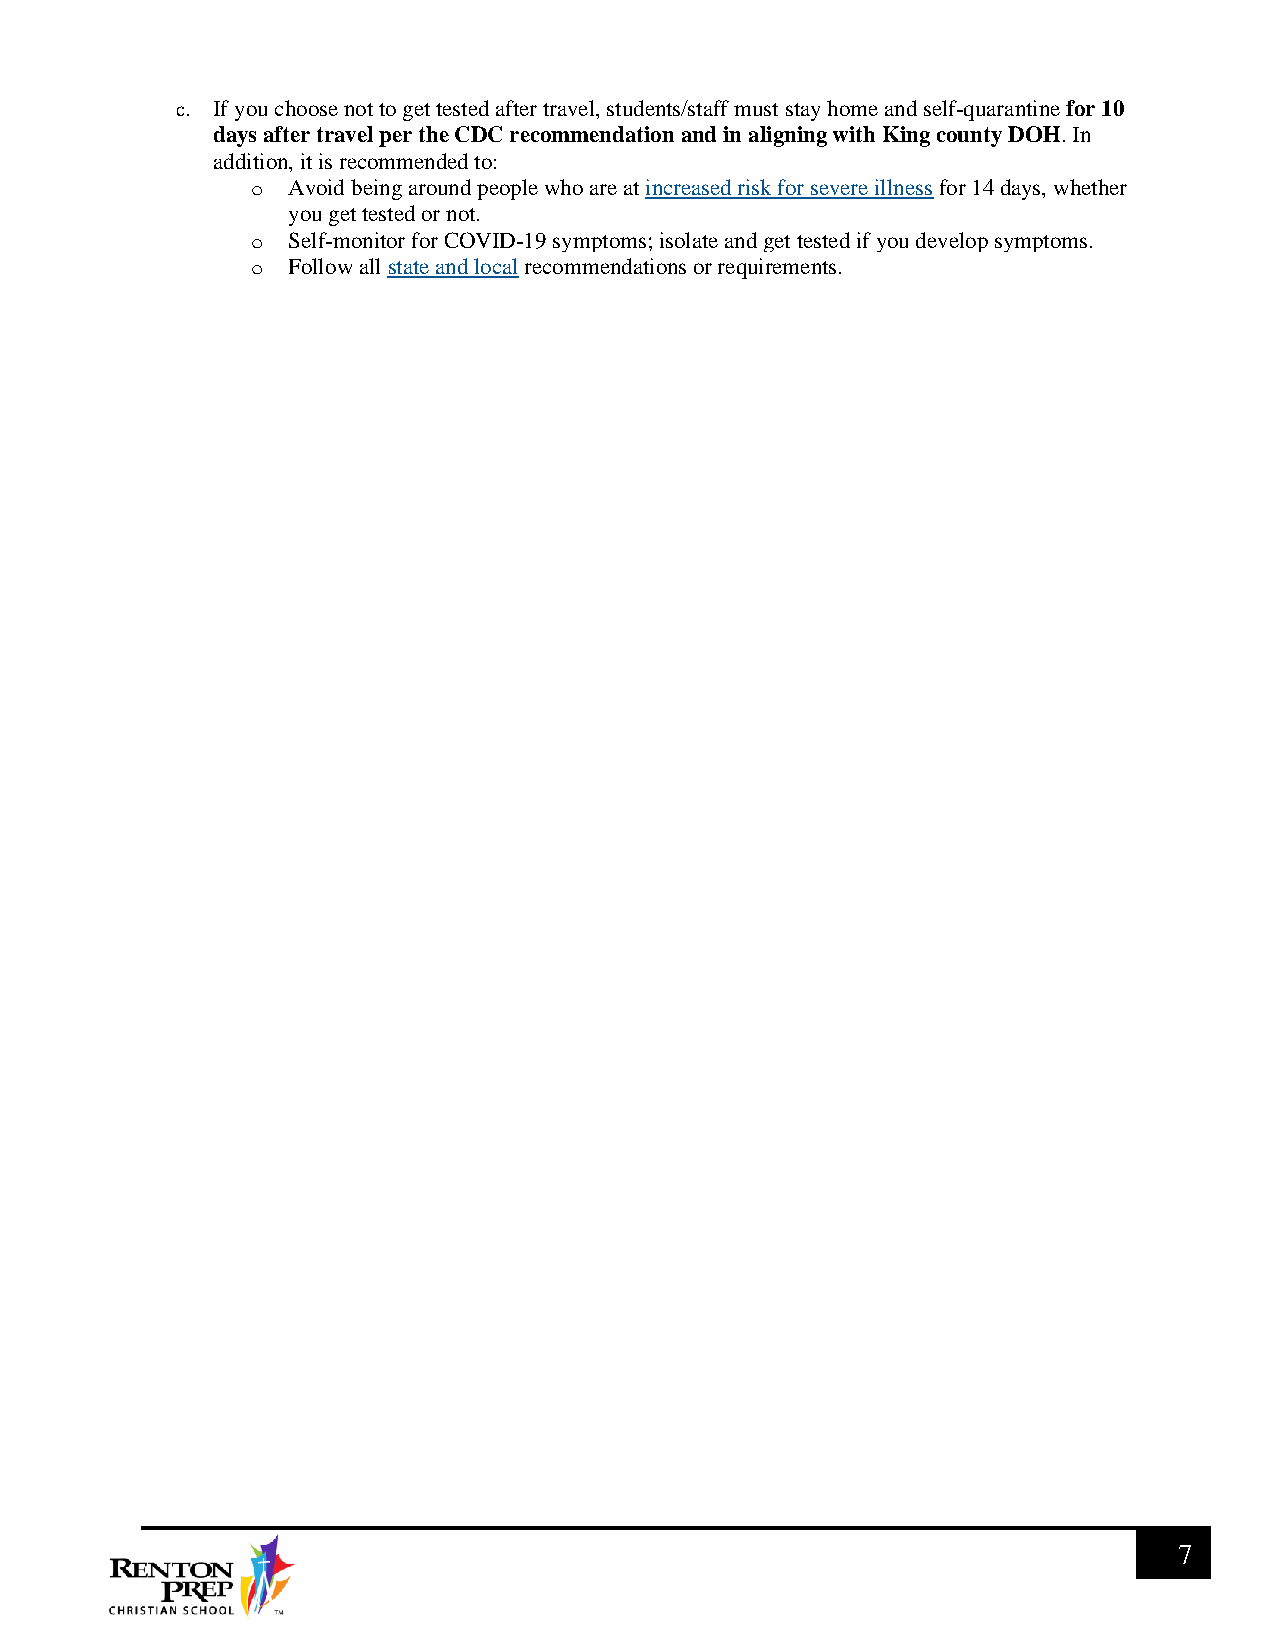
c. If you choose not to get tested after travel, students/staff must stay home and self-quarantine for 10
 days after travel per the CDC recommendation and in aligning with King county DOH. In
 addition, it is recommended to:
 o Avoid being around people who are at increased risk for severe illness for 14 days, whether
 you get tested or not.
 o Self-monitor for COVID-19 symptoms; isolate and get tested if you develop symptoms.
 o Follow all state and local recommendations or requirements.
 7